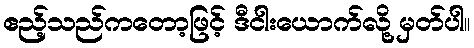
ဧည့်သည်ကတော့ဖြင့် ဒီငါးယောက်လို့ မှတ်ပါ။